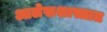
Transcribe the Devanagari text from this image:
आलेखशास्त्रात